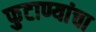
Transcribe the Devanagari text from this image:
फुटाण्यांचा